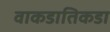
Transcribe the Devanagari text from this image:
वाकडातिकडा